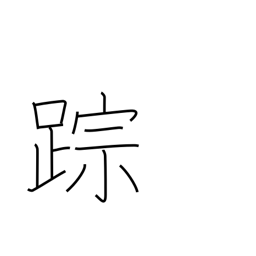
Meaning: clue